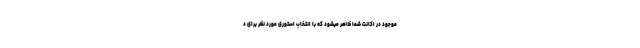
موجود در اکانت شما ظاهر میشود که با انتخاب استوری مورد نظر برای د